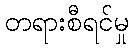
တရားစီရင်မှု